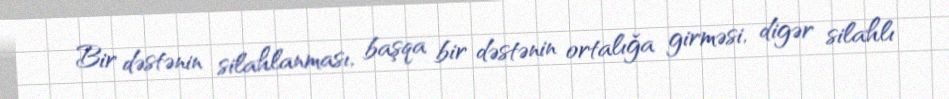
Bir dəstənin silahlanması, başqa bir dəstənin ortalığa girməsi, digər silahlı